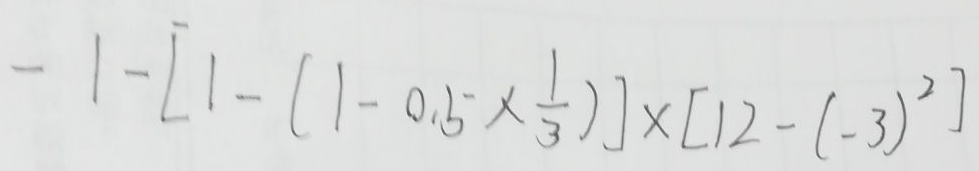
- 1 - [ 1 - ( 1 - 0 . 5 \times \frac { 1 } { 3 } ) ] \times [ 1 2 - ( - 3 ) ^ { 2 } ]